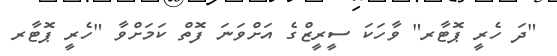
"ދަ ހެރީ ޕޮޓާރ" ވާހަކަ ސީރީޒްގެ އަށްވަނަ ފޮތް ކަމަށްވާ "ހެރީ ޕޮޓާރ